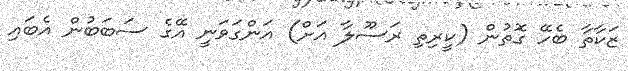
ޒަކާތާ ބެހޭ ގޮތުން (ކީރިތި ރަސޫލާ އަށް) އަންގަވަނީ އޭގެ ސަބަބުން އެބައި